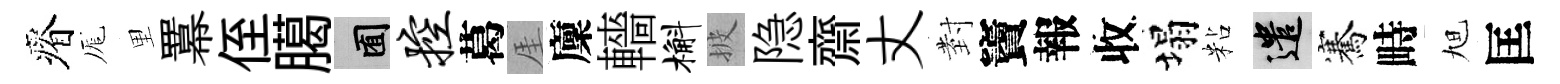
瘠厖里羃侄臈囿控葛厓廩轖槲披隐齋丈𭔹竇報收塌粘遣騫畤旭匡